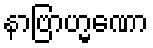
နာဗြာဟ္မဏော